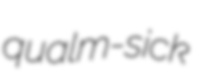
qualm-sick